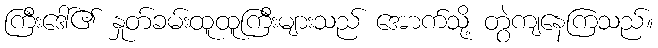
ကြီးဒေါ်၏ နှုတ်ခမ်းထူထူကြီးများသည် အောက်သို့ တွဲကျနေကြသည်။